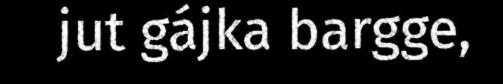
jut gájka bargge,